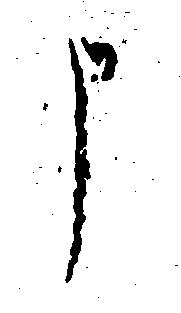
申